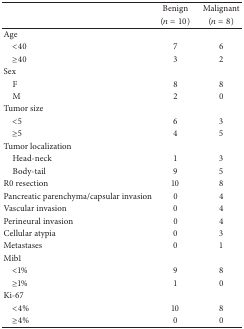
<table><thead><tr><td rowspan="2"><b> </b></td><td><b>Benign</b></td><td><b>Malignant</b></td></tr><tr><td><b>(<i>n</i> = 10)</b></td><td><b>(<i>n</i> = 8)</b></td></tr></thead><tbody><tr><td>Age</td><td> </td><td> </td></tr><tr><td> &lt;40</td><td>7</td><td>6</td></tr><tr><td> ≥40</td><td>3</td><td>2</td></tr><tr><td>Sex</td><td> </td><td> </td></tr><tr><td> F</td><td>8</td><td>8</td></tr><tr><td> M</td><td>2</td><td>0</td></tr><tr><td>Tumor size</td><td> </td><td> </td></tr><tr><td> &lt;5</td><td>6</td><td>3</td></tr><tr><td> ≥5</td><td>4</td><td>5</td></tr><tr><td>Tumor localization</td><td> </td><td> </td></tr><tr><td> Head-neck</td><td>1</td><td>3</td></tr><tr><td> Body-tail</td><td>9</td><td>5</td></tr><tr><td>R0 resection</td><td>10</td><td>8</td></tr><tr><td>Pancreatic parenchyma/capsular invasion</td><td>0</td><td>4</td></tr><tr><td>Vascular invasion</td><td>0</td><td>4</td></tr><tr><td>Perineural invasion</td><td>0</td><td>4</td></tr><tr><td>Cellular atypia</td><td>0</td><td>3</td></tr><tr><td>Metastases</td><td>0</td><td>1</td></tr><tr><td>Mib1</td><td> </td><td> </td></tr><tr><td> &lt;1%</td><td>9</td><td>8</td></tr><tr><td> ≥1%</td><td>1</td><td>0</td></tr><tr><td>Ki-67</td><td> </td><td> </td></tr><tr><td> &lt;4%</td><td>10</td><td>8</td></tr><tr><td> ≥4%</td><td>0</td><td>0</td></tr></tbody></table>